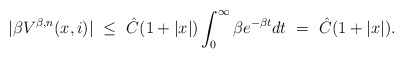
\begin{align*}|\beta V^{\beta,n}(x,i)| \ \leq \ \hat C(1 + |x|) \int_0^\infty \beta e^{-\beta t} dt \ = \ \hat C(1 + |x|).\end{align*}